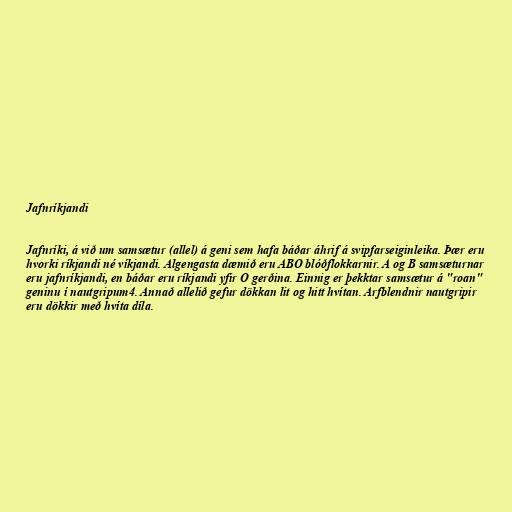
Jafnríkjandi

Jafnríki, á við um samsætur (allel) á geni sem hafa báðar áhrif á svipfarseiginleika. Þær eru
hvorki ríkjandi né víkjandi. Algengasta dæmið eru ABO blóðflokkarnir. A og B samsæturnar
eru jafnríkjandi, en báðar eru ríkjandi yfir O gerðina. Einnig er þekktar samsætur á "roan"
geninu í nautgripum4. Annað allelið gefur dökkan lit og hitt hvítan. Arfblendnir nautgripir
eru dökkir með hvíta díla.